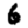
Digit: 6